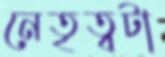
নেতৃত্বটা